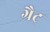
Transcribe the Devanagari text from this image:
ग्रैट्र